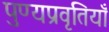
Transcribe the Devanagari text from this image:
पुण्यप्रवृतियाँ